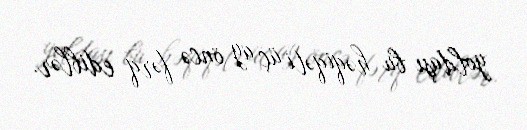
yoldaşı bu həqiqəti üç ay öncə fərq ediblər.